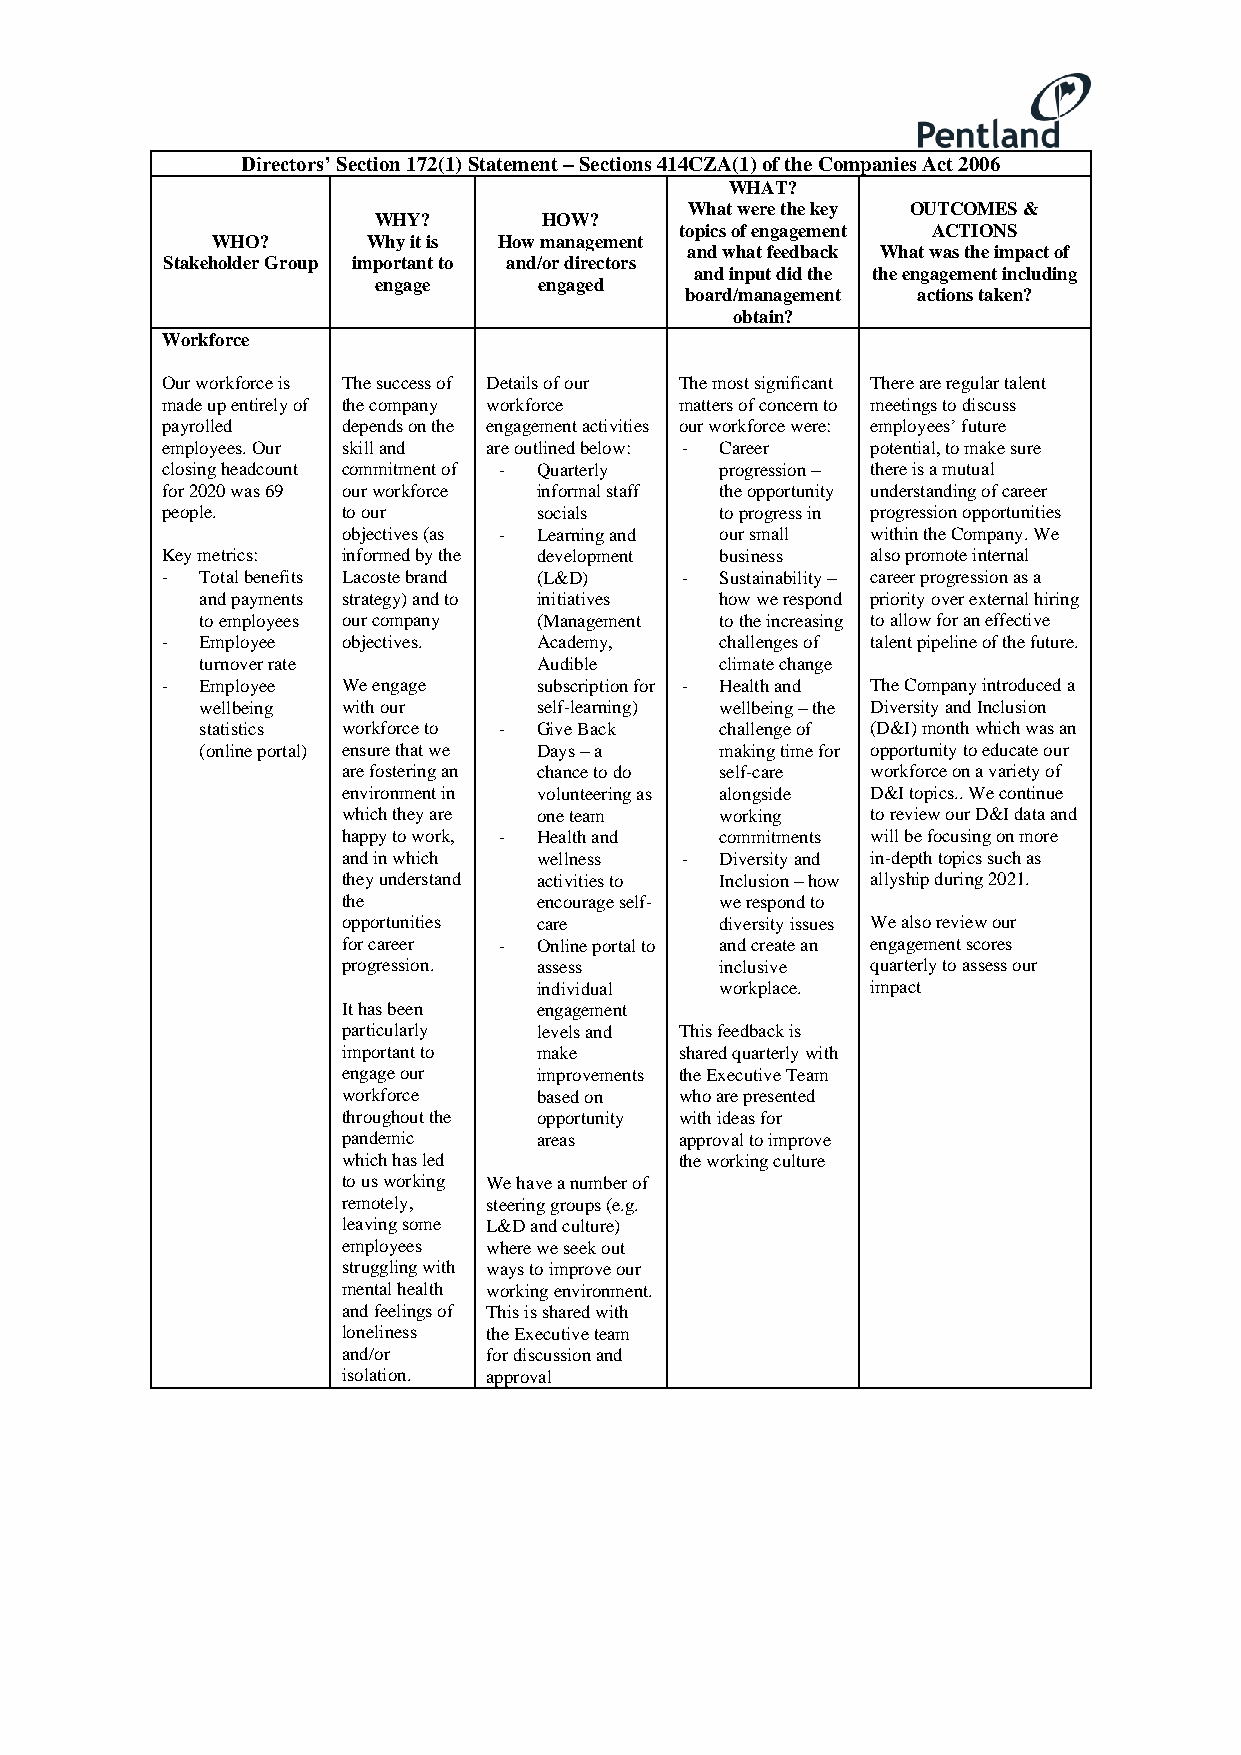
Directors’ Section 172(1) Statement – Sections 414CZA(1) of the Companies Act 2006
 WHAT?
 What were the key OUTCOMES &
 WHY?       HOW?
 topics of engagement ACTIONS
 WHO?      Why it is How management
 and what feedback What was the impact of
 Stakeholder Group important to and/or directors
 and input did the the engagement including
 engage     engaged
 board/management actions taken?
 obtain?
 Workforce
 Our workforce is The success of Details of our The most significant There are regular talent
 made up entirely of the company workforce matters of concern to meetings to discuss
 payrolled   depends on the engagement activities our workforce were: employees’ future
 employees. Our skill and are outlined below: - Career potential, to make sure
 closing headcount commitment of - Quarterly progression – there is a mutual
 for 2020 was 69 our workforce informal staff the opportunity understanding of career
 people.     to our       socials     to progress in progression opportunities
 objectives (as - Learning and our small within the Company. We
 Key metrics: informed by the development business also promote internal
 - Total benefits Lacoste brand (L&D) - Sustainability – career progression as a
 and payments strategy) and to initiatives how we respond priority over external hiring
 to employees our company (Management to the increasing to allow for an effective
 - Employee  objectives.  Academy,    challenges of talent pipeline of the future.
 turnover rate          Audible     climate change
 - Employee  We engage    subscription for - Health and The Company introduced a
 wellbeing with our     self-learning) wellbeing – the Diversity and Inclusion
 statistics workforce to - Give Back challenge of (D&I) month which was an
 (online portal) ensure that we Days – a making time for opportunity to educate our
 are fostering an chance to do self-care workforce on a variety of
 environment in volunteering as alongside D&I topics.. We continue
 which they are one team  working   to review our D&I data and
 happy to work, - Health and commitments will be focusing on more
 and in which wellness -  Diversity and in-depth topics such as
 they understand activities to Inclusion – how allyship during 2021.
 the          encourage self- we respond to
 opportunities care       diversity issues We also review our
 for career - Online portal to and create an engagement scores
 progression. assess      inclusive quarterly to assess our
 individual  workplace. impact
 It has been  engagement
 particularly levels and This feedback is
 important to make     shared quarterly with
 engage our   improvements the Executive Team
 workforce    based on who are presented
 throughout the opportunity with ideas for
 pandemic     areas    approval to improve
 which has led         the working culture
 to us working We have a number of
 remotely, steering groups (e.g.
 leaving some L&D and culture)
 employees where we seek out
 struggling with ways to improve our
 mental health working environment.
 and feelings of This is shared with
 loneliness the Executive team
 and/or   for discussion and
 isolation. approval